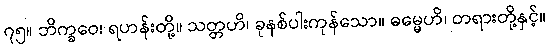
၇၅။ ဘိက္ခဝေ၊ ရဟန်းတို့။ သတ္တဟိ၊ ခုနစ်ပါးကုန်သော။ ဓမ္မေဟိ၊ တရားတို့နှင့်။